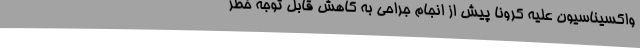
واکسیناسیون علیه کرونا پیش از انجام جراحی به‌ کاهش قابل‌ توجه خطر